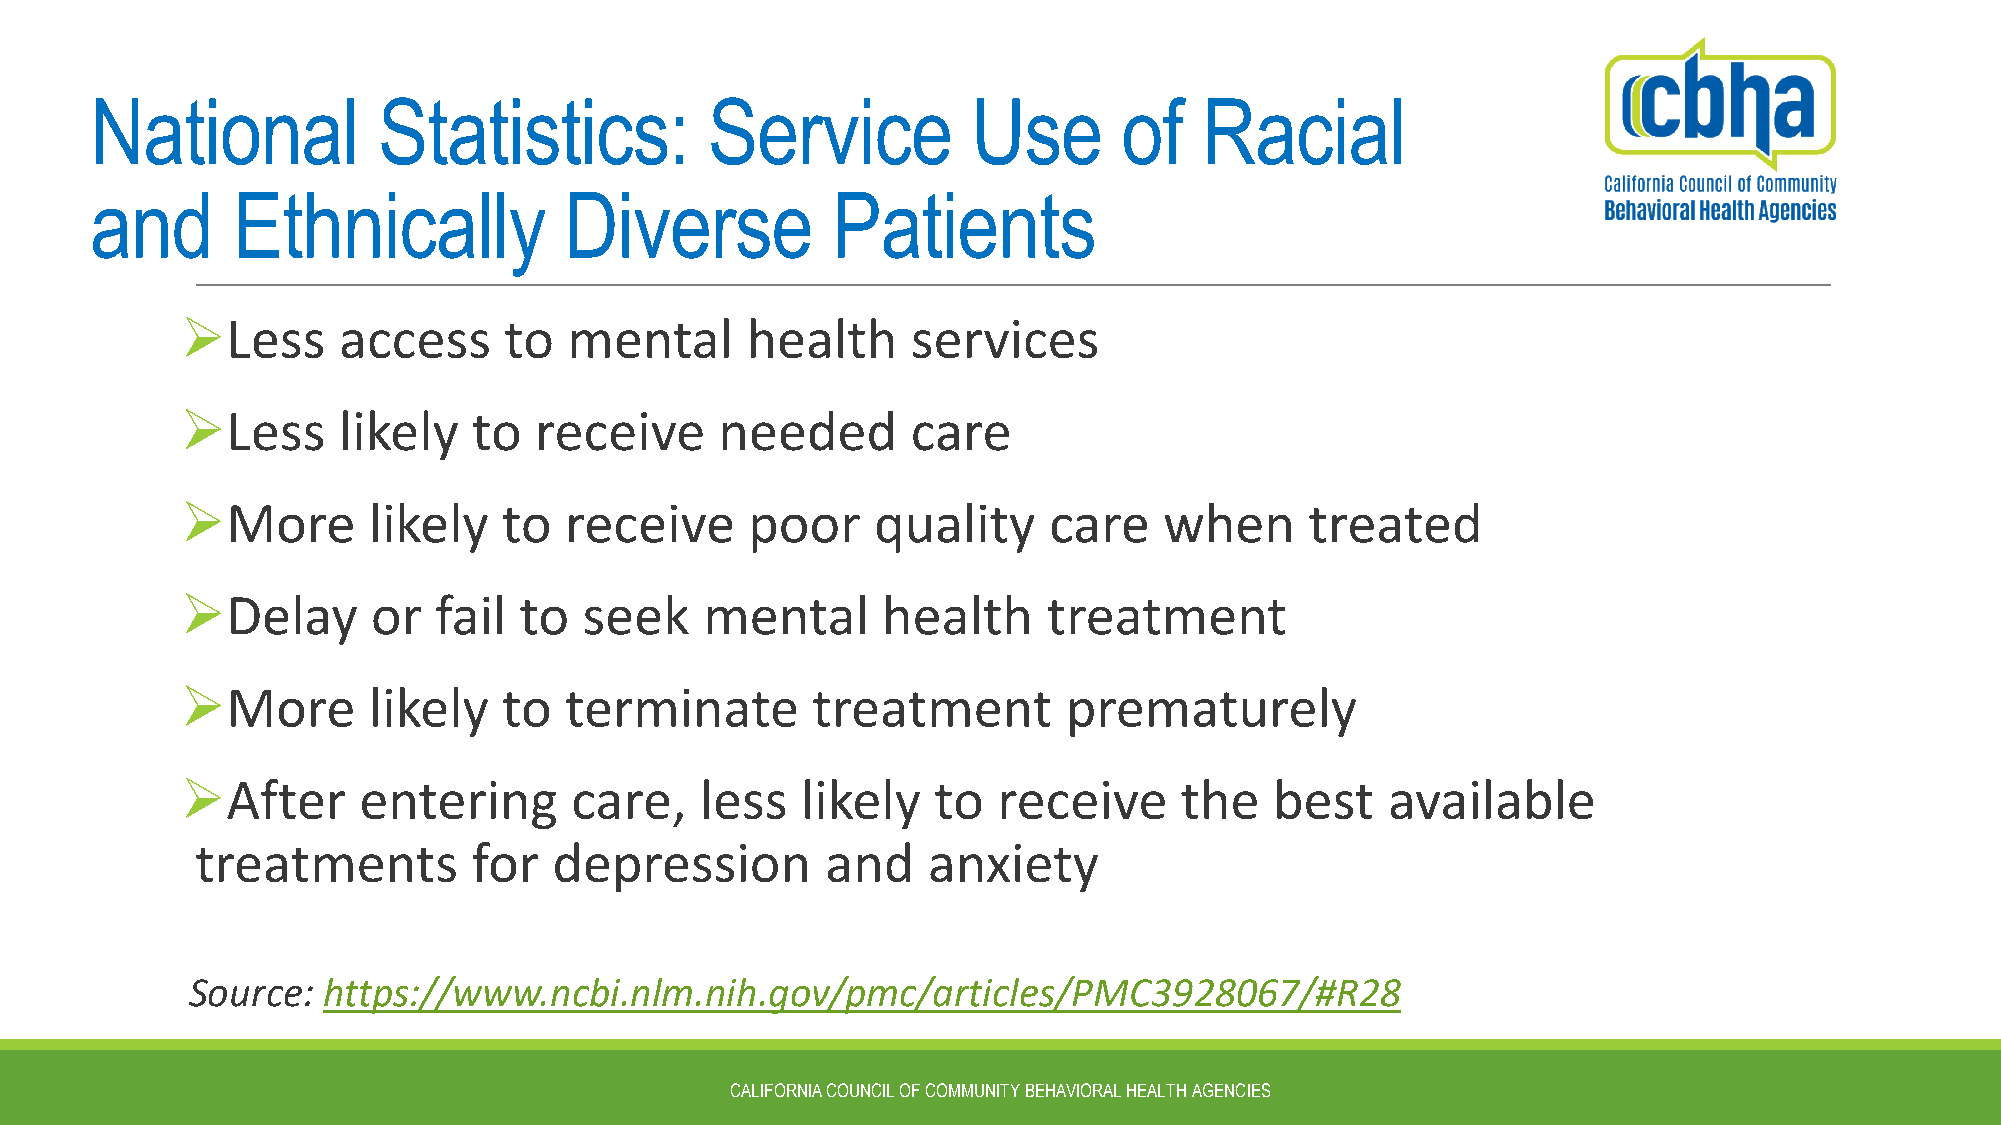
National           Statistics:           Service          Use       of    Racial
 and      Ethnically            Diverse           Patients
 Less     access     to   mental     health     services
 Less     likely   to  receive      needed      care
 More       likely   to  receive      poor    quality    care    when      treated
 Delay       or  fail to   seek    mental     health     treatment
 More       likely   to  terminate        treatment        prematurely
 After      entering      care,   less   likely   to  receive     the   best    available
 treatments        for   depression        and   anxiety
 Source: https://www.ncbi.nlm.nih.gov/pmc/articles/PMC3928067/#R28
 CALIFORNIA COUNCIL OF COMMUNITY BEHAVIORAL HEALTH AGENCIES